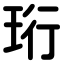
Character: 珩